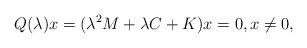
LaTeX: \begin{align*}Q(\lambda)x=(\lambda^{2}M+\lambda C+K)x=0, x\neq 0,\end{align*}